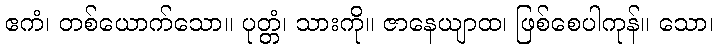
ဧကံ၊ တစ်ယောက်သော။ ပုတ္တံ၊ သားကို။ ဇာနေယျာထ၊ ဖြစ်စေပါကုန်။ သော၊